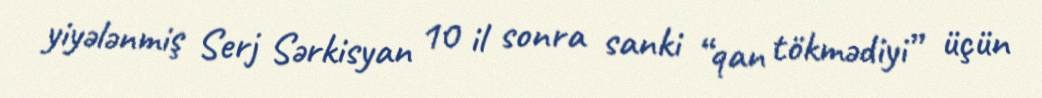
yiyələnmiş Serj Sərkisyan 10 il sonra sanki “qan tökmədiyi” üçün